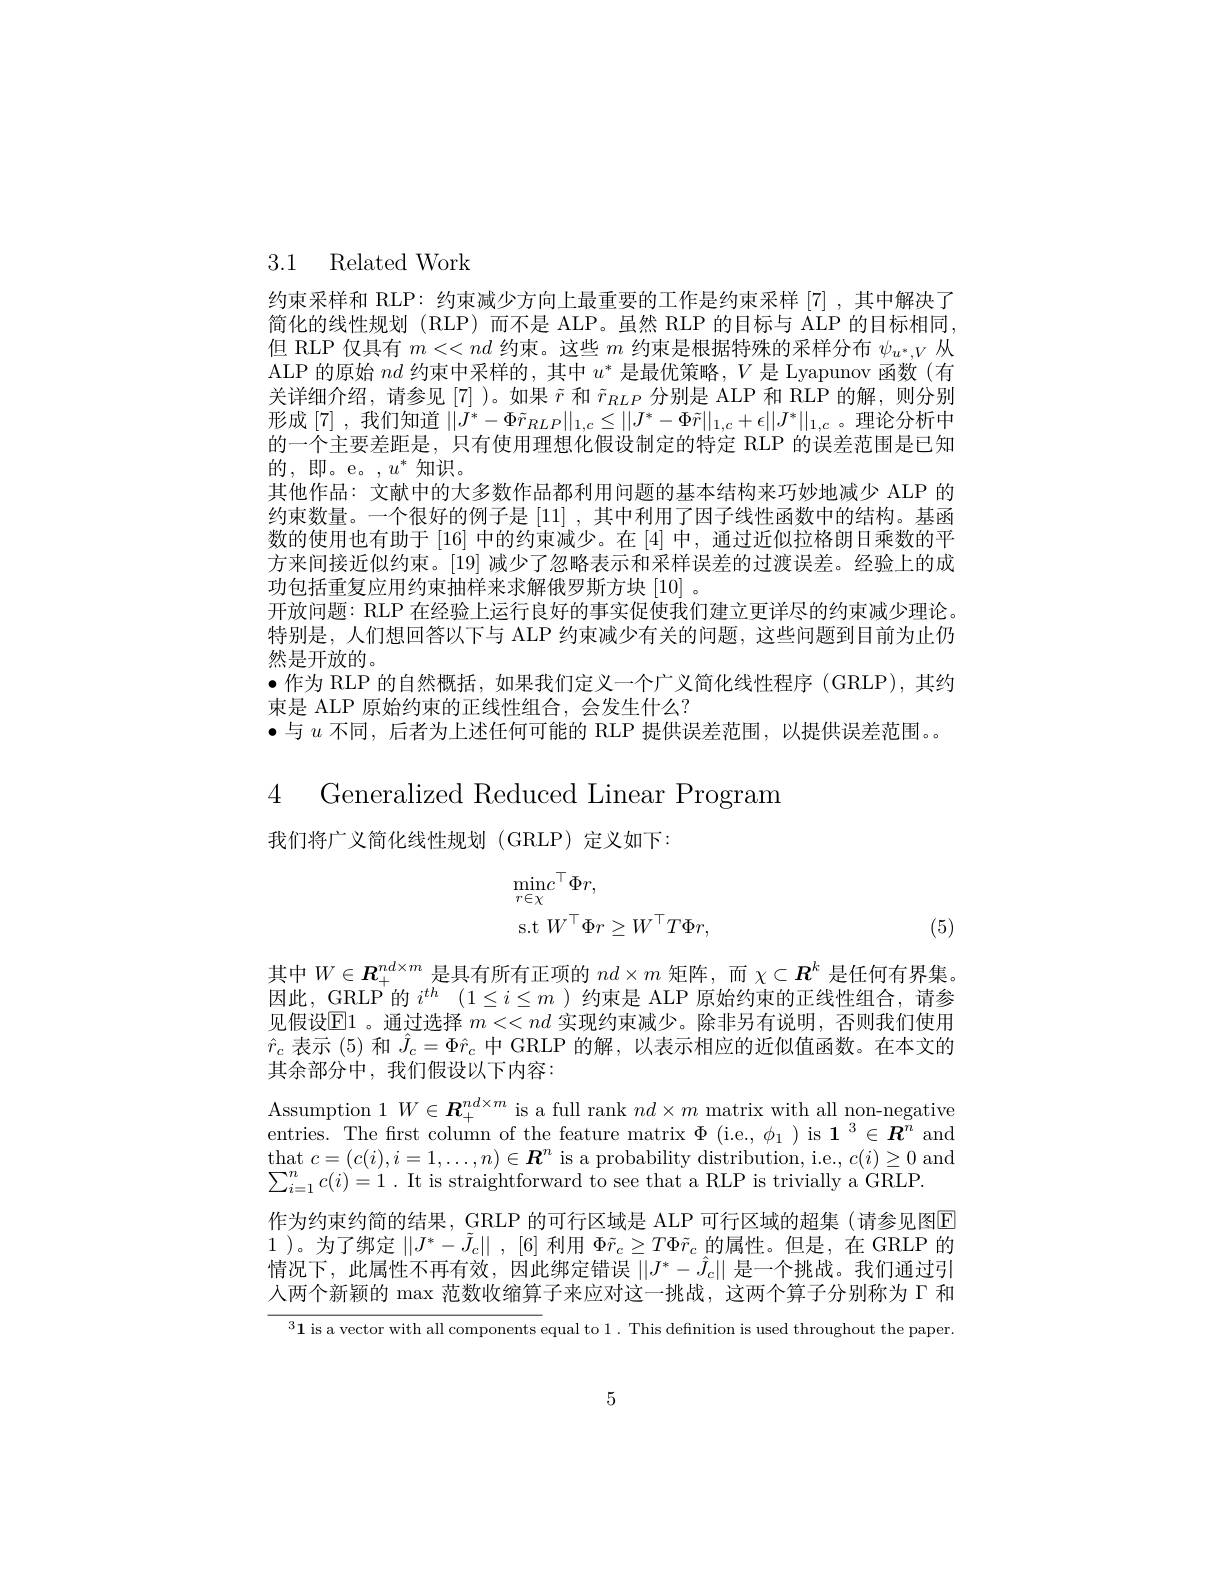
## 3.1 Related Work

约束采样和 RLP: 约束减少方向上最重要的工作是约束采样[7],其中解决了简化的线性规划 (RLP)而不是 ALP。虽然 RLP 的目标与 ALP 的目标相同， 但 RLP 仅具有$m<<nd$约束。这些$m$约束是根据特殊的采样分布$\psi_{u^*,V}$从ALP 的原始$nd$约束中采样的，其中$u^*$是最优策略，$V$是 Lyapunov 函数(有关详细介绍，请参见[7])。如果$\tilde{r}$和$\tilde{r}_{RLP}$分别是 ALP 和 RLP 的解，则分别形成 [7] ,我们知道$||J^*-\Phi\tilde{r}_{RLP}||_{1,c}\leq||J^*-\Phi\tilde{r}||_{1,c}+\epsilon||J^*||_{1,c}$ 。理论分析中的一个主要差距是，只有使用理想化假设制定的特定 RLP 的误差范围是已知的，即。e。$,u^*$知识。
其他作品：文献中的大多数作品都利用问题的基本结构来巧妙地减少 ALP 的约束数量。一个很好的例子是[11] ,其中利用了因子线性函数中的结构。基函数的使用也有助于$\left[16\right]$中的约束减少。在$\left[4\right]$中，通过近似拉格朗日乘数的平方来间接近似约束。[19] 减少了忽略表示和采样误差的过渡误差。经验上的成功包括重复应用约束抽样来求解俄罗斯方块[10]。
开放问题：RLP 在经验上运行良好的事实促使我们建立更详尽的约束减少理论特别是，人们想回答以下与 ALP 约束减少有关的问题，这些问题到目前为止仍然是开放的。
$\bullet$作为 RLP 的自然概括，如果我们定义一个广义简化线性程序 (GRLP),其约
束是 ALP 原始约束的正线性组合，会发生什么？
·与$u$不同，后者为上述任何可能的 RLP 提供误差范围，以提供误差范围。。
4 Generalized Reduced Linear Program

我们将广义简化线性规划(GRLP)定义如下：
$$\begin{aligned}&\underset{r\in\chi}{\operatorname*{min}}c^\top\Phi r,\\&\mathop{\mathrm{s.t}}W^\top\Phi r\geq W^\top T\Phi r,\end{aligned}$$
(5)

其中$W\in\boldsymbol{R}_+^{nd\times m}$是具有所有正项的$nd\times m$矩阵，而$\chi\subset\boldsymbol{R}^k$是任何有界集。因此，GRLP $i^{th}$ $( 1\leq i\leq m$ )约束是 ALP 原始约束的正线性组合，请参见假设$\underline{\mathrm{E}}1$ 。通过选择 $m<<nd$ 实现约束减少。除非另有说明，否则我们使用$\hat{r}_c$表示 (5)和$\hat{J}_c=\Phi\hat{r}_c$中 GRLP 的解，以表示相应的近似值函数。在本文的其余部分中，我们假设以下内容：
Assumption $1W\in\boldsymbol{R}_+^{nd\times m}$ is a full rank $nd\times m$ matrix with all non-negative entries. The first column of the feature matrix $\Phi\mathrm{~(i.e.,~\phi_{1}~)~is~1~}^{3}\in\boldsymbol{R}^{n}$ and $\operatorname*{that}c=(c(i),i=1,\ldots,n)\in\boldsymbol{R}^{n}$ is a probability distribution, i.e., $c(i)\geq0$ and $\sum _{i= 1}^nc( i) = 1$ .It is straightforward to see that a RLP is trivially a GRLP.
作为约束约简的结果，GRLP 的可行区域是 ALP 可行区域的超集 (请参见图E 1 )。为了绑定$\|J^*-\tilde{J}_c\|,[6]$利用$\Phi\tilde{r}_c\geq T\Phi\tilde{r}_c$的属性。但是，在 GRLP 的情况下，此属性不再有效，因此绑定错误$\left|\left|J^*-\hat{J}_c\right|\right|$是一个挑战。我们通过引人两个新颖的$\max$范数收缩算子来应对这一挑战，这两个算子分别称为「和

$^3\mathbf{1}$ is a vector with all components equal to 1. This definition is used throughout the paper.

5